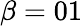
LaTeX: \beta=01